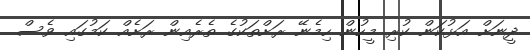
ދީނަށް އަޅުކަން ކުރި މީހުން ހިމެނޭ ރަށްތަކުގެ ތެރެއިން ރަށެއް ކަމުގައި ވެސް